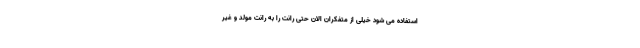
استفاده می شود خیلی از متفکران الان حتی رانت را به رانت مولد و غیر